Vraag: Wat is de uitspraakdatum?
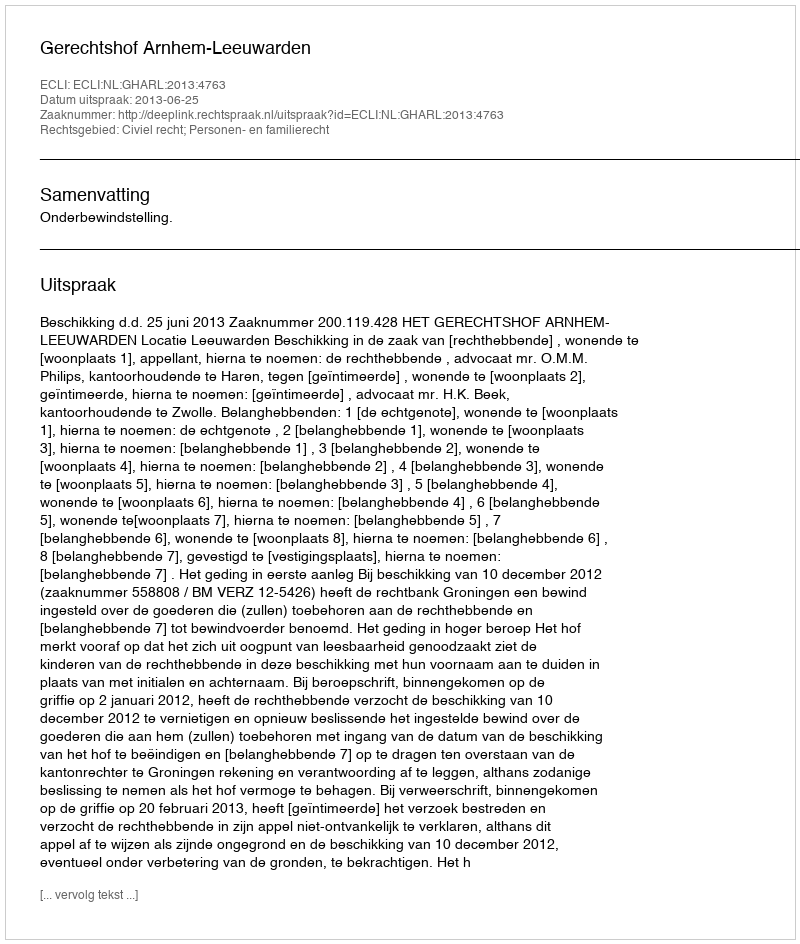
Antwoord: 2013-06-25